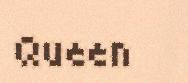
Queen